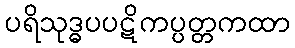
ပရိသုဒ္ဓပပဋိကပ္ပတ္တကထာ